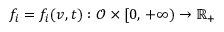
f _ { i } = f _ { i } ( v , t ) : \mathcal { O } \times [ 0 , \, + \infty ) \to \mathbb { R } _ { + }